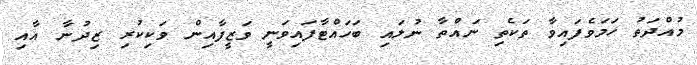
މުއްދަތު ހަމަވެފައިވާ ތަކެތި ނައްތާ ނުލައި ބަހައްޓާފައިވަނީ ވަޒީފާއިން ވަކިކުރި ޒިދުނާ އާއި